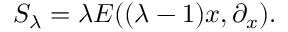
{ \cal S } _ { \lambda } = \lambda E ( ( \lambda - 1 ) x , \partial _ { x } ) .